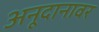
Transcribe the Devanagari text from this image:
अनूदानावर